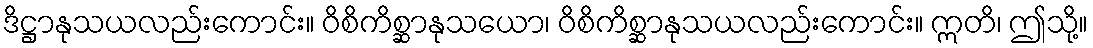
ဒိဋ္ဌာနုသယလည်းကောင်း။ ဝိစိကိစ္ဆာနုသယော၊ ဝိစိကိစ္ဆာနုသယလည်းကောင်း။ ဣတိ၊ ဤသို့။